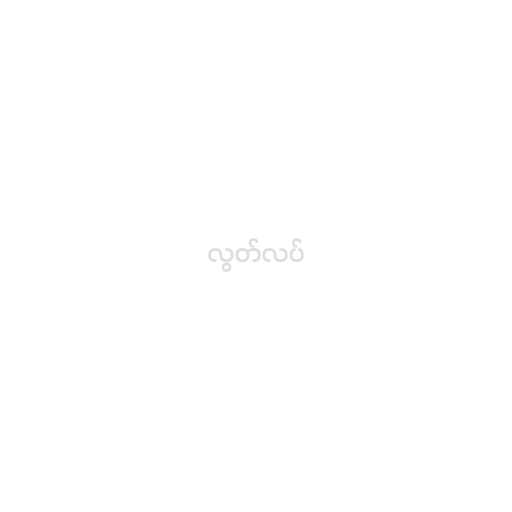
လွတ်လပ်